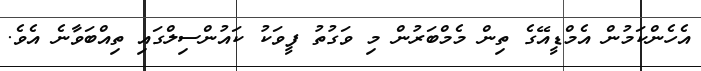
އެހެންކަމުން އެމްޑީއޭގެ ތިން މެމްބަރުން މި ވަގުތު ފީވަކު ކައުންސިލްގައި ތިއްބަވާނެ އެވެ.